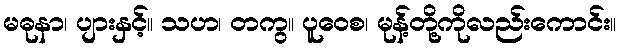
မဓုနာ၊ ပျားနှင့်။ သဟ၊ တကွ။ ပူဝေစ၊ မုန့်တို့ကိုလည်းကောင်း။